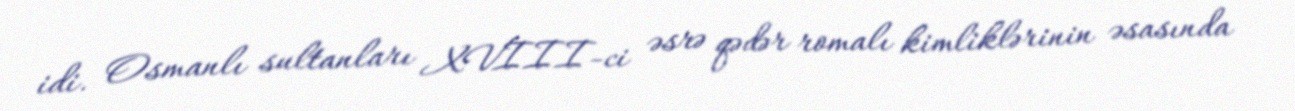
idi. Osmanlı sultanları XVIII-ci əsrə qədər romalı kimliklərinin əsasında